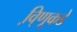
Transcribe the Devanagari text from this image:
वि़्णूकडे